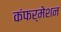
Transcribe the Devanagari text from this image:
कंफर्मेशन